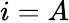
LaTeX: i=A